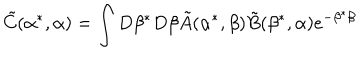
\tilde { C } ( \alpha ^ { * } , \alpha ) = \int D \beta ^ { * } D \beta \tilde { A } ( \alpha ^ { * } , \beta ) \tilde { B } ( \beta ^ { * } , \alpha ) e ^ { - \beta ^ { * } \beta }